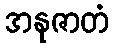
အနုဇာတံ